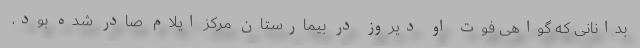
بدانانی که گواهی فوت او دیروز در بیمارستان مرکز ایلام صادر شده بود،